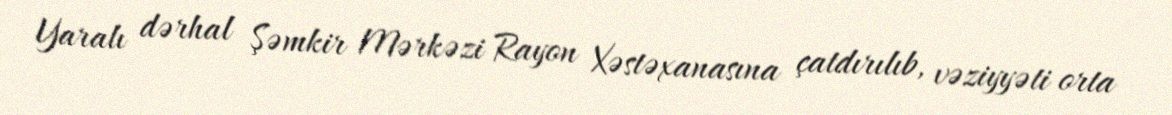
Yaralı dərhal Şəmkir Mərkəzi Rayon Xəstəxanasına çatdırılıb, vəziyyəti orta